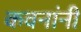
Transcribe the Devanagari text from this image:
कवनांनी